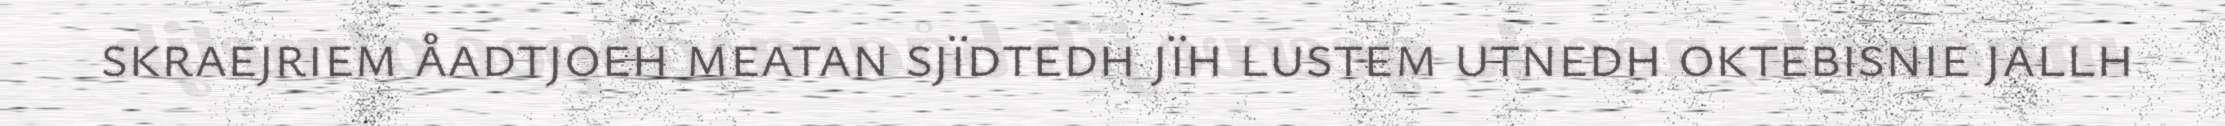
skraejriem åadtjoeh meatan sjïdtedh jïh lustem utnedh oktebisnie jallh